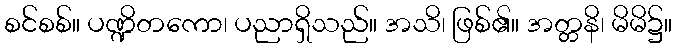
စင်စစ်။ ပဏ္ဍိတကော၊ ပညာရှိသည်။ အသိ၊ ဖြစ်၏။ အတ္တနိ၊ မိမိ၌။